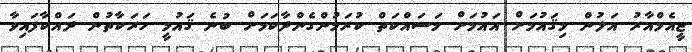
ޖީއެމްއާރު އަލުން މިޤައުމަށް އައުމަށް މަސައްކަތް ކުރަމުންގެންދާކަމަށް ބުނެ ޤައުމީ ހަރަކާތުން ދައްކާފައިވާ